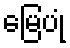
မြေပုံ